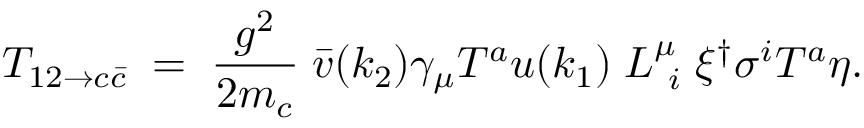
{ \cal T } _ { 1 2 \to c \bar { c } } \; = \; { \frac { g ^ { 2 } } { 2 m _ { c } } } \; { \bar { v } } ( k _ { 2 } ) \gamma _ { \mu } T ^ { a } u ( k _ { 1 } ) \; L _ { \ i } ^ { \mu } \; \xi ^ { \dagger } \sigma ^ { i } T ^ { a } \eta .